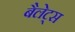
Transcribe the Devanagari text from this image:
बैलेट्स